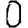
Digit: 0